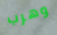
وهرب